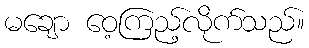
မချော ဝေ့ကြည့်လိုက်သည်။